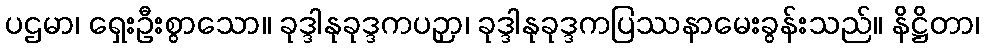
ပဌမာ၊ ရှေးဦးစွာသော။ ခုဒ္ဒါနုခုဒ္ဒကပဉှာ၊ ခုဒ္ဒါနုခုဒ္ဒကပြဿနာမေးခွန်းသည်။ နိဋ္ဌိတာ၊